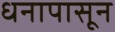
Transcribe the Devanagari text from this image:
धनापासून